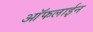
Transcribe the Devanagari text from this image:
आॅफलाईन